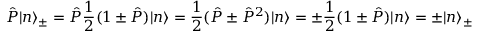
\hat { P } | n \rangle _ { \pm } = \hat { P } \frac { 1 } { 2 } ( 1 \pm \hat { P } ) | n \rangle = \frac { 1 } { 2 } ( \hat { P } \pm \hat { P } ^ { 2 } ) | n \rangle = \pm \frac { 1 } { 2 } ( 1 \pm \hat { P } ) | n \rangle = \pm | n \rangle _ { \pm }